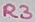
Text: R3